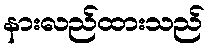
နားလည်ထားသည်